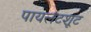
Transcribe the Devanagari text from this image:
पायलटशूट